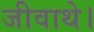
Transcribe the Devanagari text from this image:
जीवाथे।